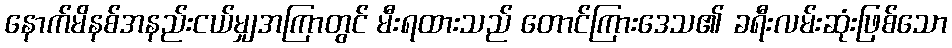
နောက်မိနစ်အနည်းငယ်မျှအကြာတွင် မီးရထားသည် တောင်ကြားဒေသ၏ ခရီးလမ်းဆုံးဖြစ်သော